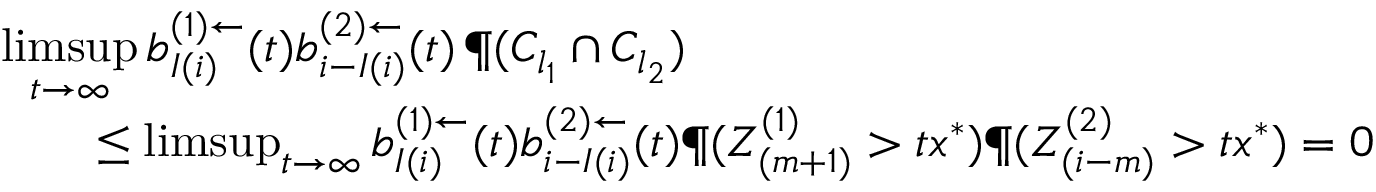
\begin{array} { r l r } { \lefteqn { \operatorname* { l i m s u p } _ { t \to \infty } b _ { I ( i ) } ^ { ( 1 ) \leftarrow } ( t ) b _ { i - I ( i ) } ^ { ( 2 ) \leftarrow } ( t ) \, \P ( C _ { l _ { 1 } } \cap C _ { l _ { 2 } } ) } } \\ & { } & { \leq \operatorname* { l i m s u p } _ { t \to \infty } b _ { I ( i ) } ^ { ( 1 ) \leftarrow } ( t ) b _ { i - I ( i ) } ^ { ( 2 ) \leftarrow } ( t ) \P ( Z _ { ( m + 1 ) } ^ { ( 1 ) } > t x ^ { * } ) \P ( Z _ { ( i - m ) } ^ { ( 2 ) } > t x ^ { * } ) = 0 } \end{array}